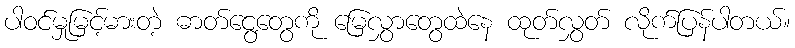
ပါဝင်မှုမြင့်မားတဲ့ ဓာတ်ငွေ့တွေကို မြေလွှာတွေထဲနေ ထုတ်လွှတ် လိုက်ပြန်ပါတယ်။